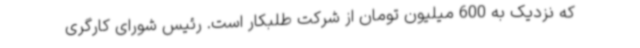
که نزدیک به 600 میلیون تومان از شرکت طلبکار است. رئیس شورای کارگری